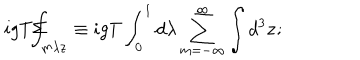
LaTeX: i g T \Sigma \! \! \! \! \! \! \int _ { m \lambda \mathbf { z } } \equiv i g T \int _ { 0 } ^ { 1 } d \lambda \sum _ { m = - \infty } ^ { \infty } \int d ^ { 3 } \mathbf { z ; }